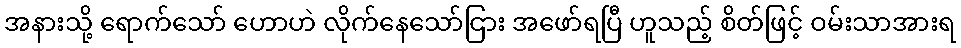
အနားသို့ ရောက်သော် ဟောဟဲ လိုက်နေသော်ငြား အဖော်ရပြီ ဟူသည့် စိတ်ဖြင့် ဝမ်းသာအားရ